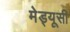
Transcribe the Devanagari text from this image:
मेड्यूसी